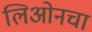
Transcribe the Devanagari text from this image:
लिओनचा